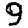
Digit: 9